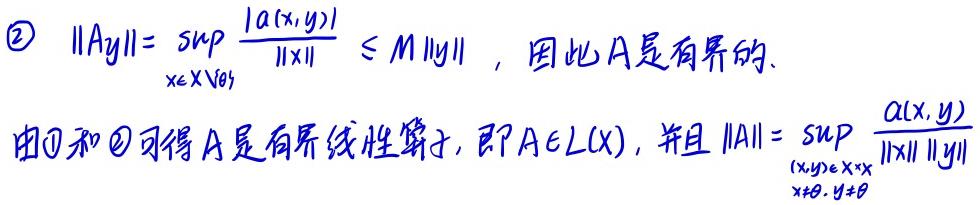
\textcircled{2} $\|Ay\| = \sup_{x\in X\setminus\{0\}} \frac{|a(x,y)|}{\|x\|} \leq M\|y\|$，因此$A$是有界的.

由\textcircled{1}和\textcircled{2}可得$A$是有界线性算子，即$A\in L(X)$，并且 $\|A\| = \sup_{\substack{(x,y)\in X\times X\\x\neq 0, y\neq 0}} \frac{a(x,y)}{\|x\|\|y\|}$